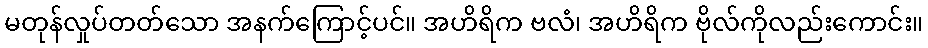
မတုန်လှုပ်တတ်သော အနက်ကြောင့်ပင်။ အဟိရိက ဗလံ၊ အဟိရိက ဗိုလ်ကိုလည်းကောင်း။